EELK_Kaarma_kogudus, lk 52
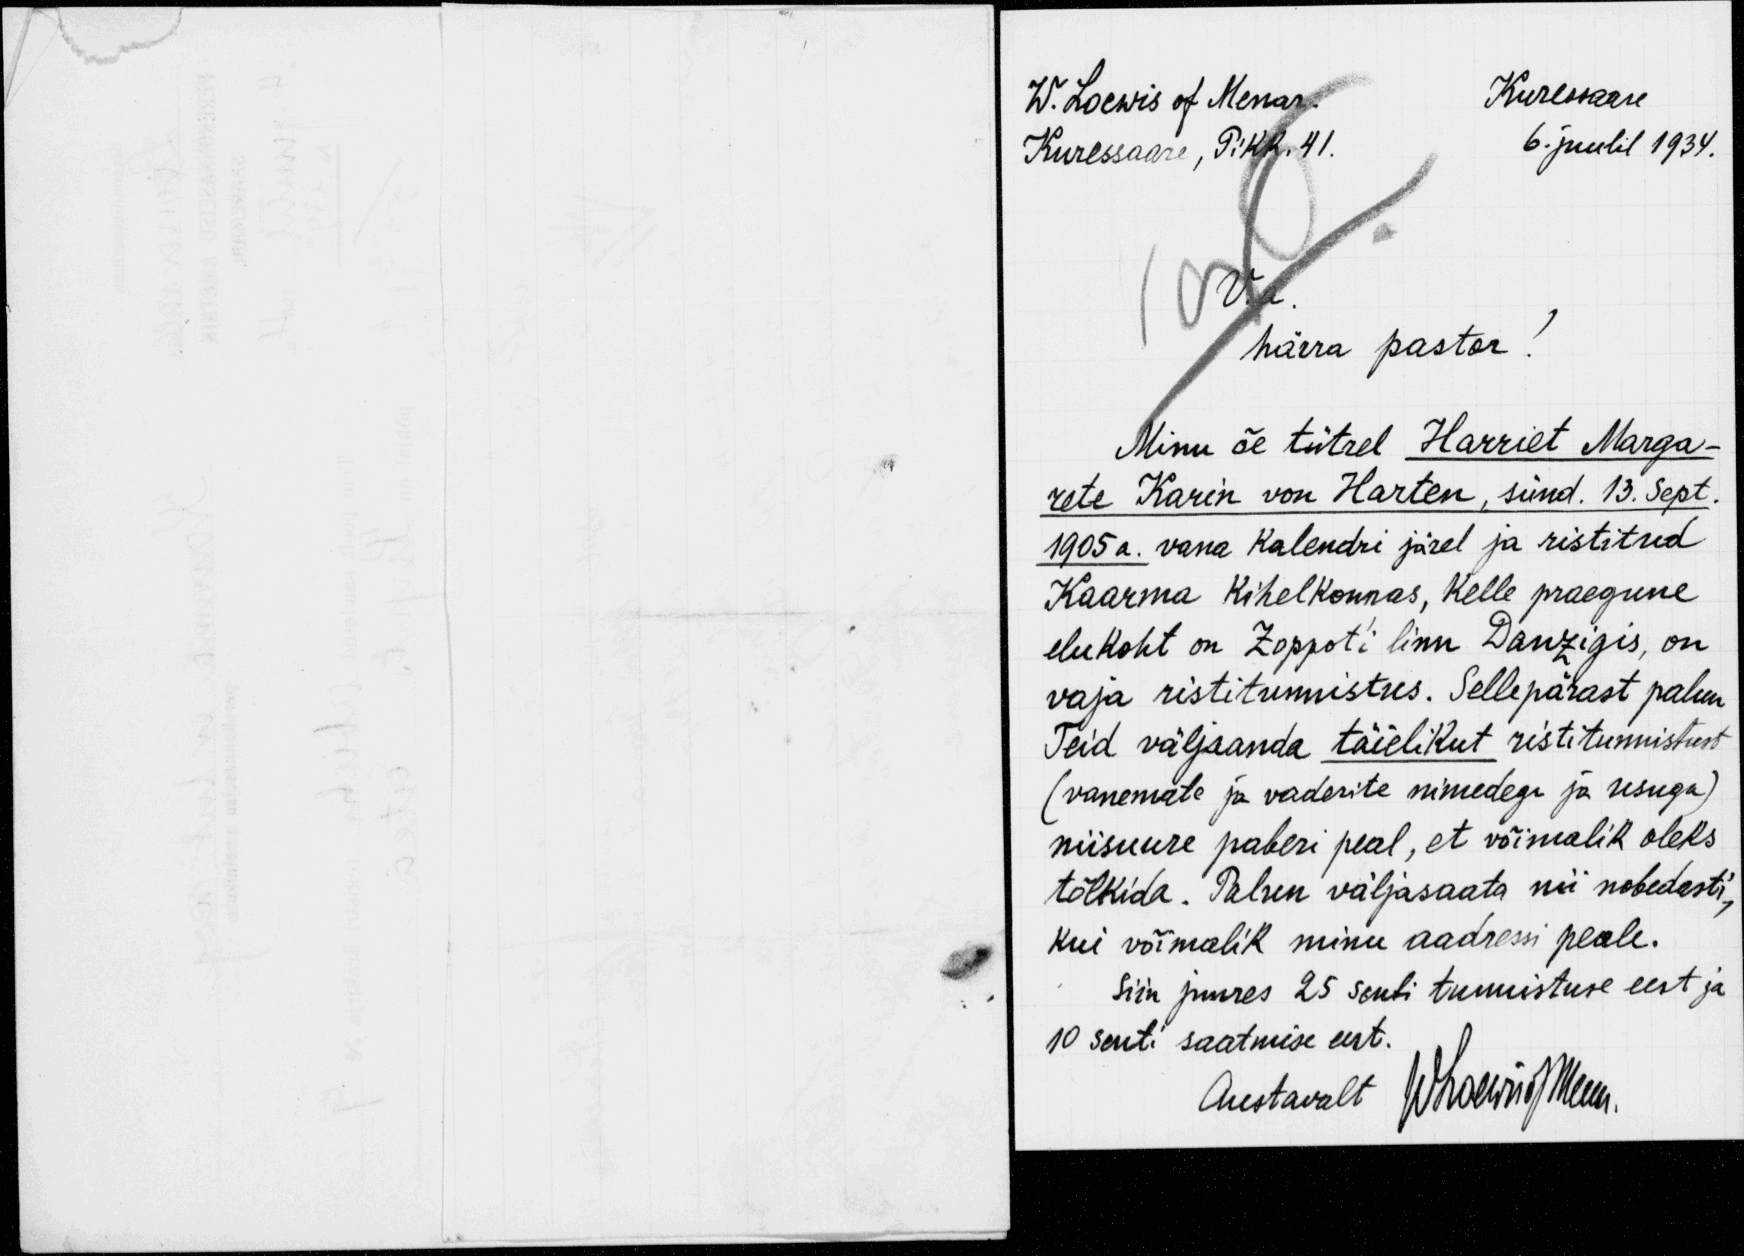
W. Loewis of Menar.
Kuressaare
Kuressaare, Pikk, 41.
6. juulil 1934.
V.a.
härra pastor.
Minu õe tütrel Harriet Marga-
rete Karin von Harten, sünd. 13. Sept.
1905 a. vana Kalendri järel ja ristitud
Kaarma kihelkonnas, kelle praegune
elukoht on Zoppot´i linn Danzigis, on
vaja ristitunnistus. Sellepärast palun
Teid väljaanda täielikut ristitunnistust
(vanemate ja vaderite nimedegi ja usuga)
niisuure paberi peal, et võimalik oleks
tõlkida. Palun väljasaata nii nobedasti,
kui võimalik minu aadressi peale.
Siin juures 25 santi tunnistuse eest ja
10 senti saatmise eest.
Austavalt Whaewing Meem.